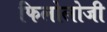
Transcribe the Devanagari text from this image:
फिलोलोजी